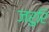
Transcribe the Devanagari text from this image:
जरुरि